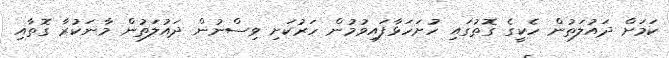
ކަމަށް ދައުލަތުން ހެކީގެ ގޮތުގައި ހުށަހަޅާފައިވުމުން ހަރުކަށި ވިސްނުން ދައުލަތުން މާނަކުރާ ގޮތާއި